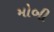
મોબી